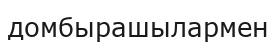
домбырашылармен